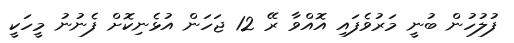
ފުލުހުން ބުނީ މަރުވެފައި އޮއްވާ ރޭ 12 ޖަހަން އުޅެނިކޮށް ފެނުނު މީހަކީ